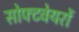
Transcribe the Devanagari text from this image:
सोफ्टवेयरों